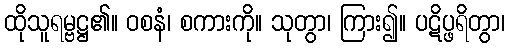
ထိုသူရမ္ဗဋ္ဌ၏။ ဝစနံ၊ စကားကို။ သုတွာ၊ ကြား၍။ ပဋိပ္ဖရိတွာ၊